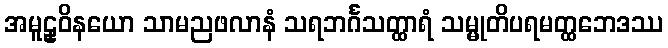
အမူဠှဝိနယော သာမညဖလာနံ သရဘင်္ဂသတ္ထာရံ သမ္မုတိပရမတ္ထဘေဒဿ